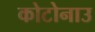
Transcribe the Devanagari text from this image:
कोटोनाउ